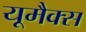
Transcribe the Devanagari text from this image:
यूमैक्स